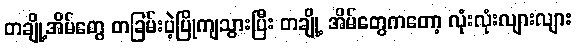
တချို့အိမ်တွေ တခြမ်းပဲ့ပြိုကျသွားပြီး တချို့ အိမ်တွေကတော့ လုံးလုံးလျားလျား